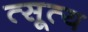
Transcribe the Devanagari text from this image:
त्सूत्य